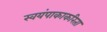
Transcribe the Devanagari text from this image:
स्वयंपाकाकरिता